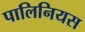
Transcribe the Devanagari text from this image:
पालिनियस